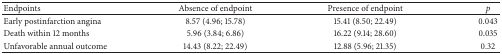
| Endpoints | Absence of endpoint | Presence of endpoint | p |
 | --- | --- | --- | --- |
 | Early postinfarction angina | 8.57 (4.96; 15.78) | 15.41 (8.50; 22.49) | 0.043 |
 | Death within 12 months | 5.96 (3.84; 6.86) | 16.22 (9.14; 28.60) | 0.035 |
 | Unfavorable annual outcome | 14.43 (8.22; 22.49) | 12.88 (5.96; 21.35) | 0.32 |